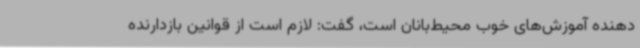
دهنده آموزش‌های خوب محیط‌بانان است، گفت: لازم است از قوانین بازدارنده